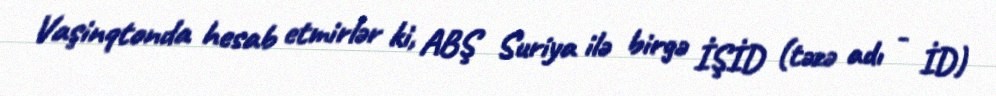
Vaşinqtonda hesab etmirlər ki, ABŞ Suriya ilə birgə İŞİD (təzə adı - İD)